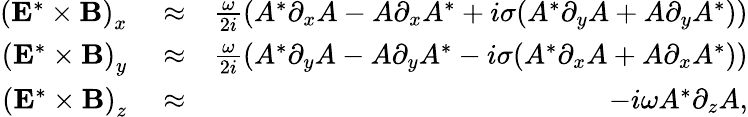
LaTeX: \begin{array}{rlr}{\left({\mathbf E}^{*}\times{\mathbf B}\right)_{x}}&{{}\approx}&{\frac{\omega}{2i}\left(A^{*}\partial_{x}A-A\partial_{x}A^{*}+i\sigma(A^{*}\partial_{y}A+A\partial_{y}A^{*})\right)}\\ {\left({\mathbf E}^{*}\times{\mathbf B}\right)_{y}}&{{}\approx}&{\frac{\omega}{2i}\left(A^{*}\partial_{y}A-A\partial_{y}A^{*}-i\sigma(A^{*}\partial_{x}A+A\partial_{x}A^{*})\right)}\\ {\left({\mathbf E}^{*}\times{\mathbf B}\right)_{z}}&{{}\approx}&{-i\omega A^{*}\partial_{z}A,}\end{array}